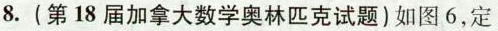
8.(第18届加拿大数学奥林匹克试题)如图6，定